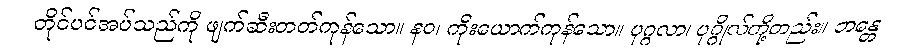
တိုင်ပင်အပ်သည်ကို ဖျက်ဆီးတတ်ကုန်သော။ နဝ၊ ကိုးယောက်ကုန်သော။ ပုဂ္ဂလာ၊ ပုဂ္ဂိုလ်တို့တည်း။ ဘန္တေ